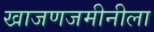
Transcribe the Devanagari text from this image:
खाजणजमीनीला